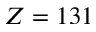
Z = 1 3 1